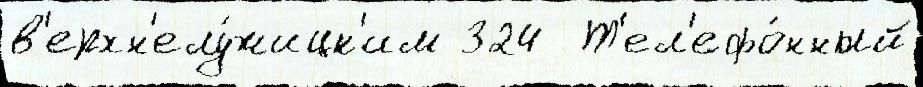
в'ерхн'елу́жицк'им 324  Т'ел'ефо́нный